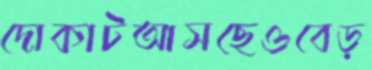
দোকাটআসছেওবেড়